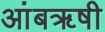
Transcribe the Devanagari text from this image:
आंबॠषी